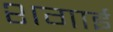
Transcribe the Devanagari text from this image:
शगाई